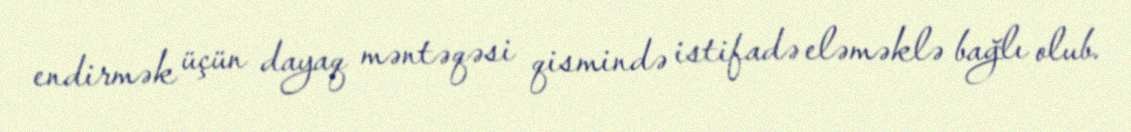
endirmək üçün dayaq məntəqəsi qismində istifadə eləməklə bağlı olub.